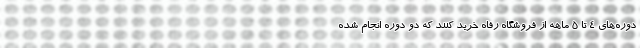
دوره‌های ۴ تا ۵ ماهه از فروشگاه رفاه خرید کنند که دو دوره انجام شده